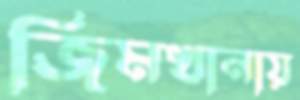
জিমখানায়